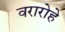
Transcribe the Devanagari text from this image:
वरारोहे